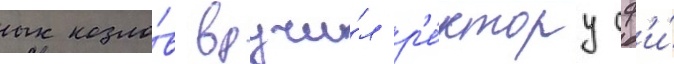
козло́в вручи́л р'е́ктору сф'и́